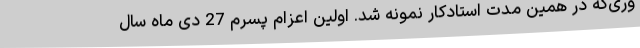
وری‌که در همین مدت استادکار نمونه شد. اولین اعزام پسرم 27 دی ماه سال